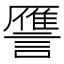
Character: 𮘻